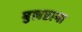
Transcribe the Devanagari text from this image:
बुलडाना